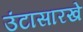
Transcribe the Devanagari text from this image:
उंटासारखे